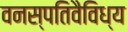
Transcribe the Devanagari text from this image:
वनस्पतिवैविध्य